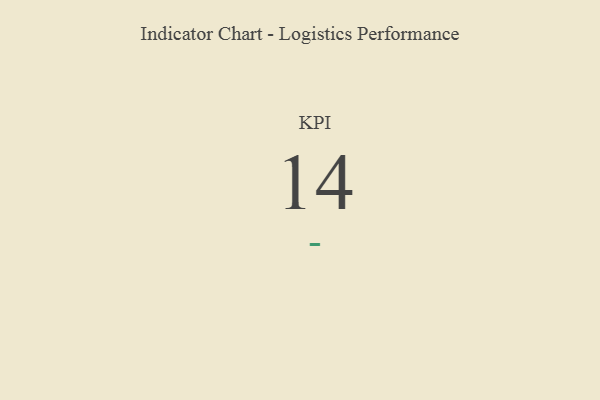
{"axis": {"x": "KPI", "y": "Value"}, "legend": [""], "data": [{"x": "KPI", "y": 14, "type": ""}]}